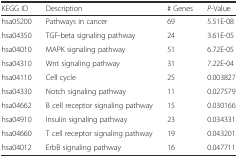
<table><thead><tr><td><b>KEGG ID</b></td><td><b>Description</b></td><td><b># Genes</b></td><td><b><i>P</i>-Value</b></td></tr></thead><tbody><tr><td>hsa05200</td><td>Pathways in cancer</td><td>69</td><td>5.51E-08</td></tr><tr><td>hsa04350</td><td>TGF-beta signaling pathway</td><td>24</td><td>3.61E-05</td></tr><tr><td>hsa04010</td><td>MAPK signaling pathway</td><td>51</td><td>6.72E-05</td></tr><tr><td>hsa04310</td><td>Wnt signaling pathway</td><td>31</td><td>7.22E-04</td></tr><tr><td>hsa04110</td><td>Cell cycle</td><td>25</td><td>0.003827</td></tr><tr><td>hsa04330</td><td>Notch signaling pathway</td><td>11</td><td>0.027579</td></tr><tr><td>hsa04662</td><td>B cell receptor signaling pathway</td><td>15</td><td>0.030166</td></tr><tr><td>hsa04910</td><td>Insulin signaling pathway</td><td>23</td><td>0.034331</td></tr><tr><td>hsa04660</td><td>T cell receptor signaling pathway</td><td>19</td><td>0.043201</td></tr><tr><td>hsa04012</td><td>ErbB signaling pathway</td><td>16</td><td>0.047711</td></tr></tbody></table>